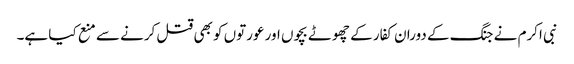
نبی اکرم نے جنگ کے دوران کفار کے چھوٹے بچوں اور عورتوں کو بھی قتل کرنے سے منع کیا ہے۔